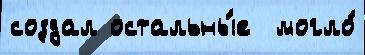
создал остальны́е  могло́